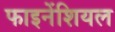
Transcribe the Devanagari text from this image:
फाइनेंशियल